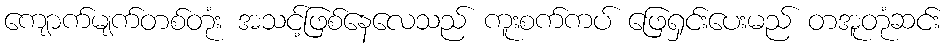
ကျောက်မျက်တစ်တုံး အသင့်ဖြစ်နေလေသည် ကူးစက်ကပ် ဖြေရှင်းပေးမည် တအူတုံဆင်း